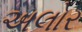
અલોર